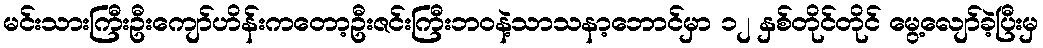
မင်းသားကြီးဦးကျော်ဟိန်းကတော့ဦးဇင်းကြီးဘဝနဲ့သာသနာ့ဘောင်မှာ ၁၂ နှစ်တိုင်တိုင် မွေ့လျော်ခဲ့ပြီးမှ